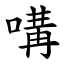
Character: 㗕